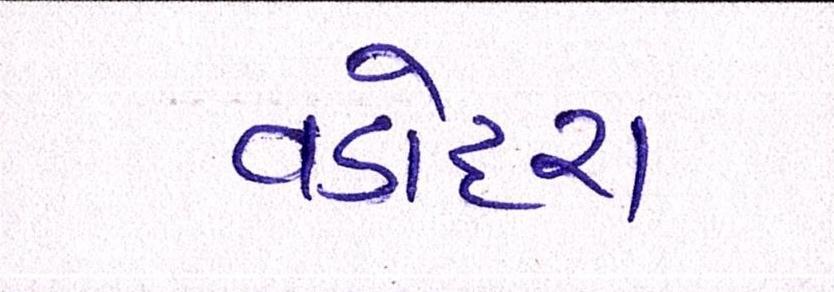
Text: વડોદરા